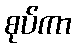
စုပ်ကာ